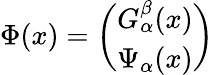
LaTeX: \Phi(x)=\left(\begin{array}{c}{{G_{\alpha}^{\beta}(x)}}\\ {{\Psi_{\alpha}(x)}}\end{array}\right)